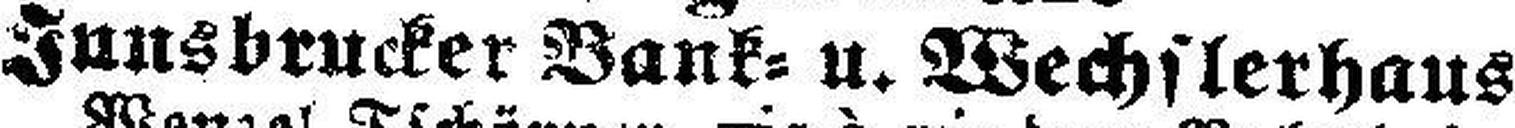
Innsbrucker Bank= u. Wechslerhaus